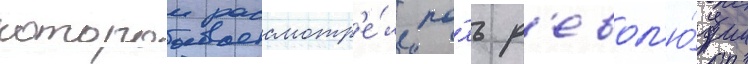
которои рассмотр'е́л ро́ль р'евол'ю́ции